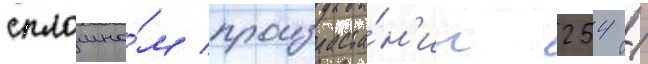
сплошно́м произраста́н'ии 254 /